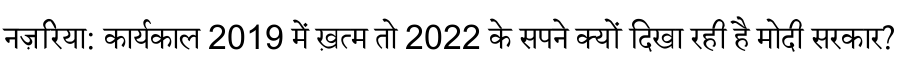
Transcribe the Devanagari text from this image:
नज़रिया: कार्यकाल 2019 में ख़त्म तो 2022 के सपने क्यों दिखा रही है मोदी सरकार?